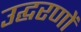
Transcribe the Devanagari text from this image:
उद्घरणों